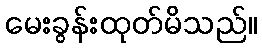
မေးခွန်းထုတ်မိသည်။